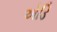
એડિ